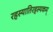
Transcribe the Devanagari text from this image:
रहस्यातिरहस्यकम्